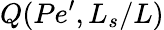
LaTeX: Q(Pe^{\prime},L_{s}/L)